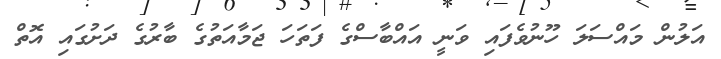
އަލުން މައްސަލަ ހޫނުވެފައި ވަނީ އައްބާސްގެ ފަތަހަ ޖަމާއަތުގެ ބާރުގެ ދަށުގައި އޮތް